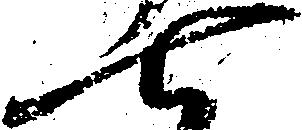
七